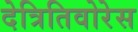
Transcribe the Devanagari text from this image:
देत्रितिवोरेस